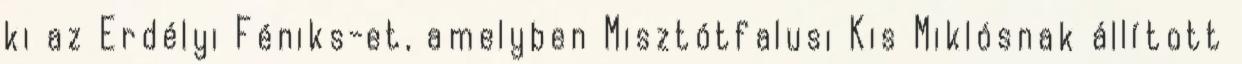
ki az Erdélyi Féniks-et, amelyben Misztótfalusi Kis Miklósnak állított